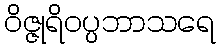
ဝိဇ္ဇုရိဝပ္ပဘာသရေ